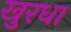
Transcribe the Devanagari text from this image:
खुरधा